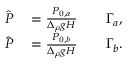
\begin{array} { r l r l } { \hat { P } } & { { } = \frac { P _ { 0 , a } } { \Delta _ { \rho } g H } } & { } & { { } \Gamma _ { a } , } \\ { \hat { P } } & { { } = \frac { P _ { 0 , b } } { \Delta _ { \rho } g H } } & { } & { { } \Gamma _ { b } . } \end{array}